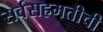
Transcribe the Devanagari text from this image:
सर्वसहमतीची